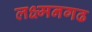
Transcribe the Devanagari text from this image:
लक्ष्मनगढ